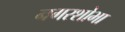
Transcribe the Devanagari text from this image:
नगरशोभा